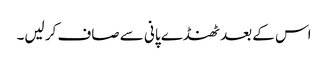
اس کے بعد ٹھنڈے پانی سے صاف کر لیں۔